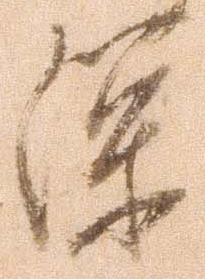
深